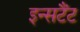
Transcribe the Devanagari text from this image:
इन्सटैंट